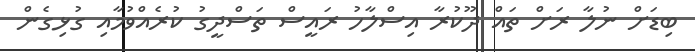
ބިޑަށް ނުލާ ރަށް ތައް ދޫކުރާ އިސްލާހު ރައީސް ތަސްދީގު ކުރެއްވުމާއި ގުޅިގެން